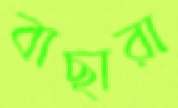
বাছারা